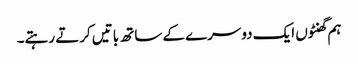
ہم گھنٹوں ایک دوسرے کے ساتھ باتیں کرتے رہتے۔